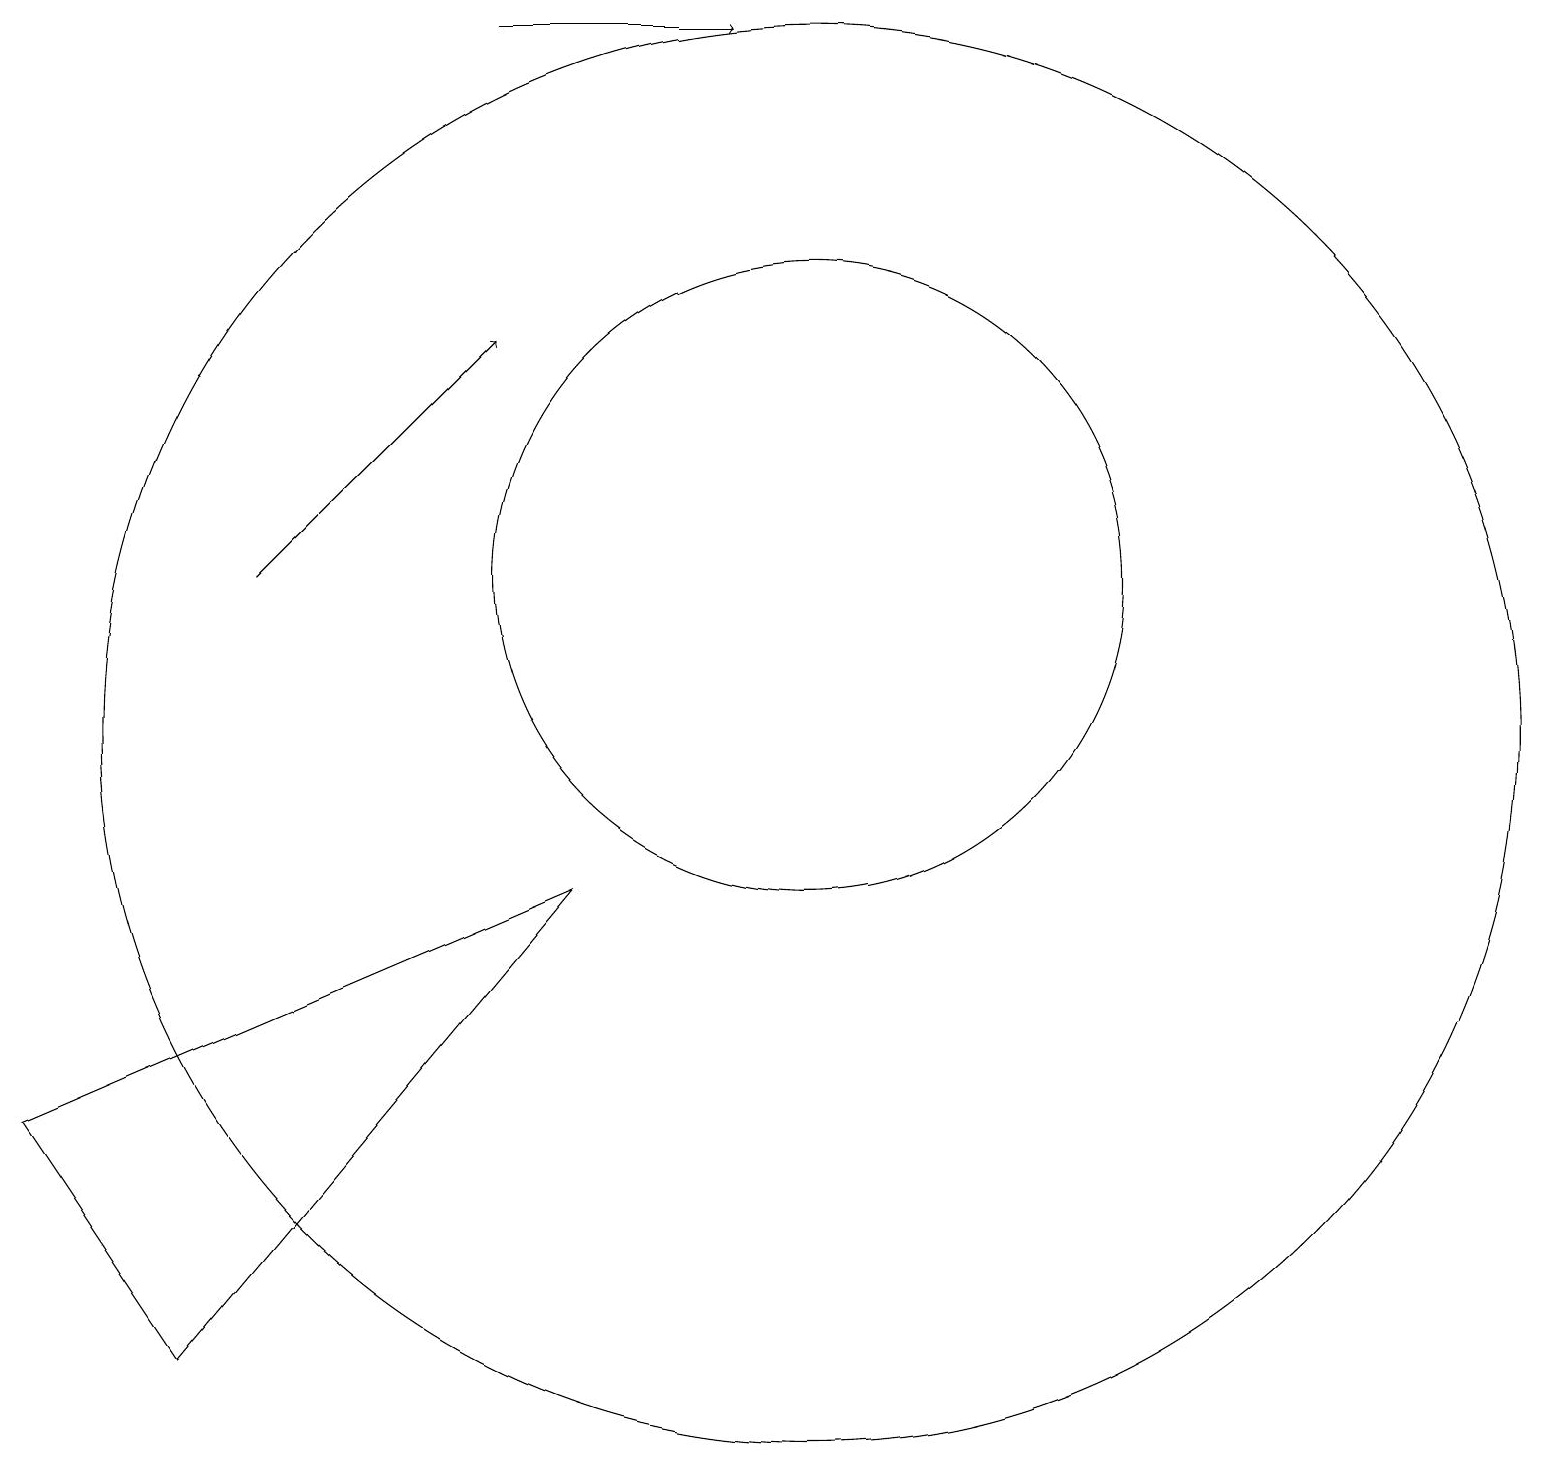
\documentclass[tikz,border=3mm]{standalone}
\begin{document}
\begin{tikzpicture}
\draw (0,5) -- (7,8) -- (2,2) -- cycle;
\draw (10,10) circle (9);
\draw[->] (6,19) -- (9,19);
\draw[->] (3,12) -- (6,15);
\draw (10,12) circle (4);
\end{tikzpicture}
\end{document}